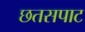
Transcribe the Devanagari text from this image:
छतसपाट